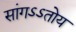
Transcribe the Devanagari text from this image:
सांगऽऽतोय